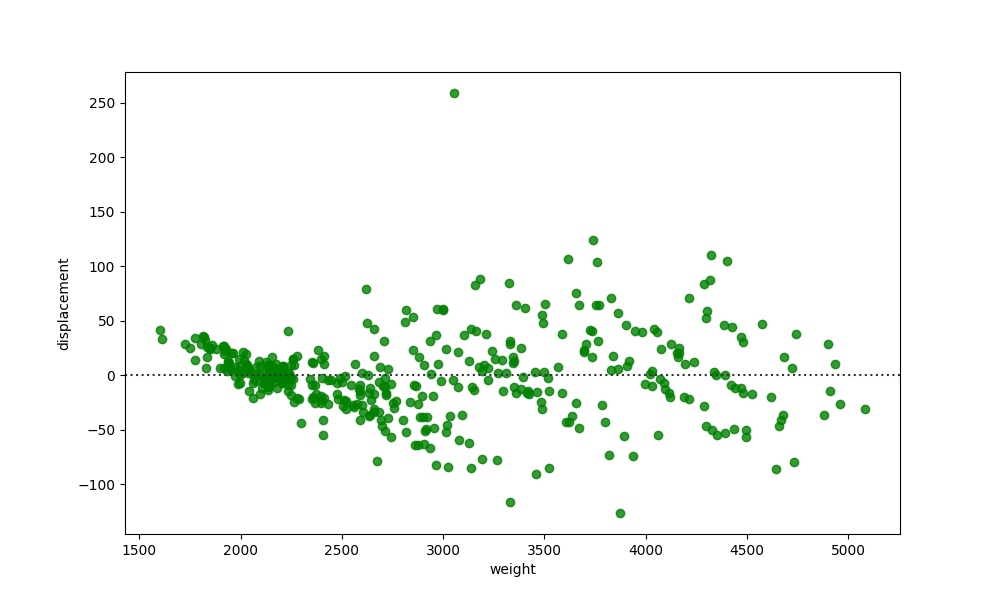
python, seaborn, residplot, lowess=False, scatter_color=green